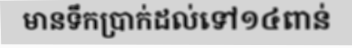
មានទឹកប្រាក់ដល់ទៅ១៤ពាន់